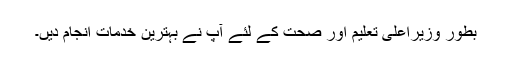
بطور وزیراعلی تعلیم اور صحت کے لئے آپ نے بہترین خدمات انجام دیں۔